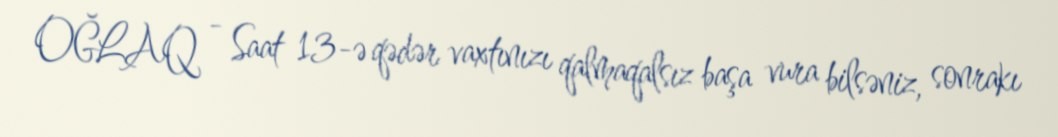
OĞLAQ - Saat 13-ə qədər vaxtınızı qalmaqalsız başa vura bilsəniz, sonrakı